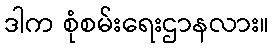
ဒါက စုံစမ်းရေးဌာနလား။